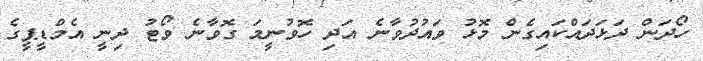
ހޯދަން ދަޅަދައްކައިގެން މޮޅު ވައުދުވާނެ އަދި ހޮވުނީމަ ގޮވާނެ ވޯޓު ދިނީ އެމްޑީޕީގެ